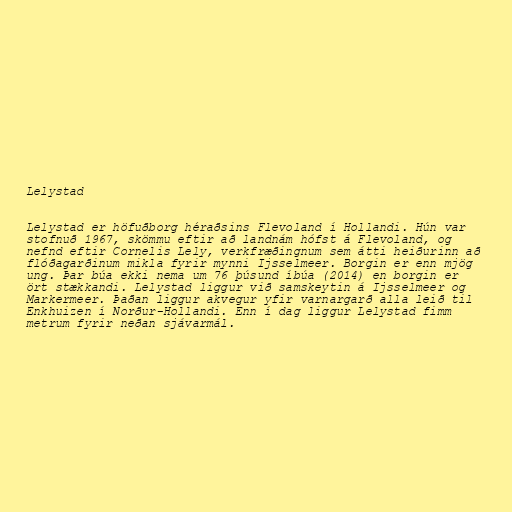
Lelystad

Lelystad er höfuðborg héraðsins Flevoland í Hollandi. Hún var
stofnuð 1967, skömmu eftir að landnám hófst á Flevoland, og
nefnd eftir Cornelis Lely, verkfræðingnum sem átti heiðurinn að
flóðagarðinum mikla fyrir mynni Ijsselmeer. Borgin er enn mjög
ung. Þar búa ekki nema um 76 þúsund íbúa (2014) en borgin er
ört stækkandi. Lelystad liggur við samskeytin á Ijsselmeer og
Markermeer. Þaðan liggur akvegur yfir varnargarð alla leið til
Enkhuizen í Norður-Hollandi. Enn í dag liggur Lelystad fimm
metrum fyrir neðan sjávarmál.